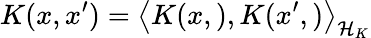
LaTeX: K(x,x^{\prime})=\left\langle K(x,),K(x^{\prime},)\right\rangle_{{\cal{H}}_{K}}